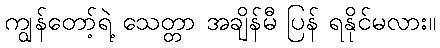
ကျွန်တော့်ရဲ့ သေတ္တာ အချိန်မီ ပြန် ရနိုင်မလား။